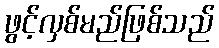
ဖွင့်လှစ်မည်ဖြစ်သည်